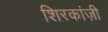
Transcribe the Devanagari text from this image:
शिरकांज़ी